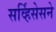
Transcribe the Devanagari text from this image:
सर्व्हिसेसने